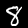
Digit: 8